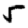
Digit: 5